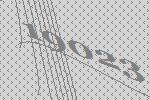
19023